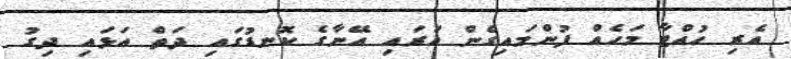
އެރި ހުއްޓާ މަހެއް ފުންމައިގެން އަރައި އޭނާގެ ކޮނޑުގައި ދަތް އަޅައި ދިގު